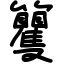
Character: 籰